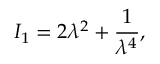
I _ { 1 } = 2 \lambda ^ { 2 } + \frac { 1 } { \lambda ^ { 4 } } ,